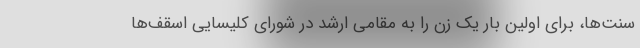
سنت‌ها، برای اولین بار یک زن را به مقامی ارشد در شورای کلیسایی اسقف‌ها